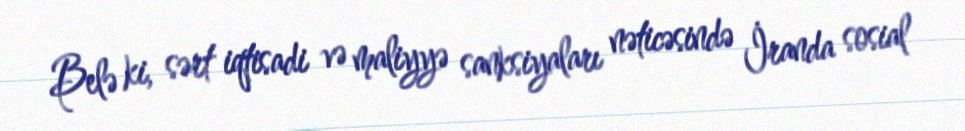
Belə ki, sərt iqtisadi və maliyyə sanksiyaları nəticəsində İranda sosial